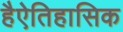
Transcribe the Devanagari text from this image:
हैऐतिहासिक